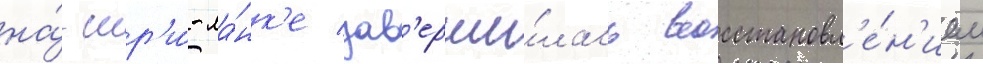
на́ шр'и́-ла́нк'е зав'ерши́лась восстановл'е́н'ием